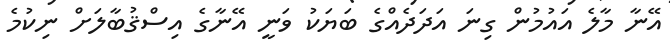
އޭނާ މާލެ އައުމުން ގިނަ އަދަދެއްގެ ބަޔަކު ވަނީ އޭނާގެ އިސްޤުބާލަށް ނިކުމެ